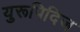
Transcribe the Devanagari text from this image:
युरूपिदिज